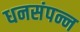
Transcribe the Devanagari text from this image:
धनसंपन्न